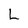
Character: L